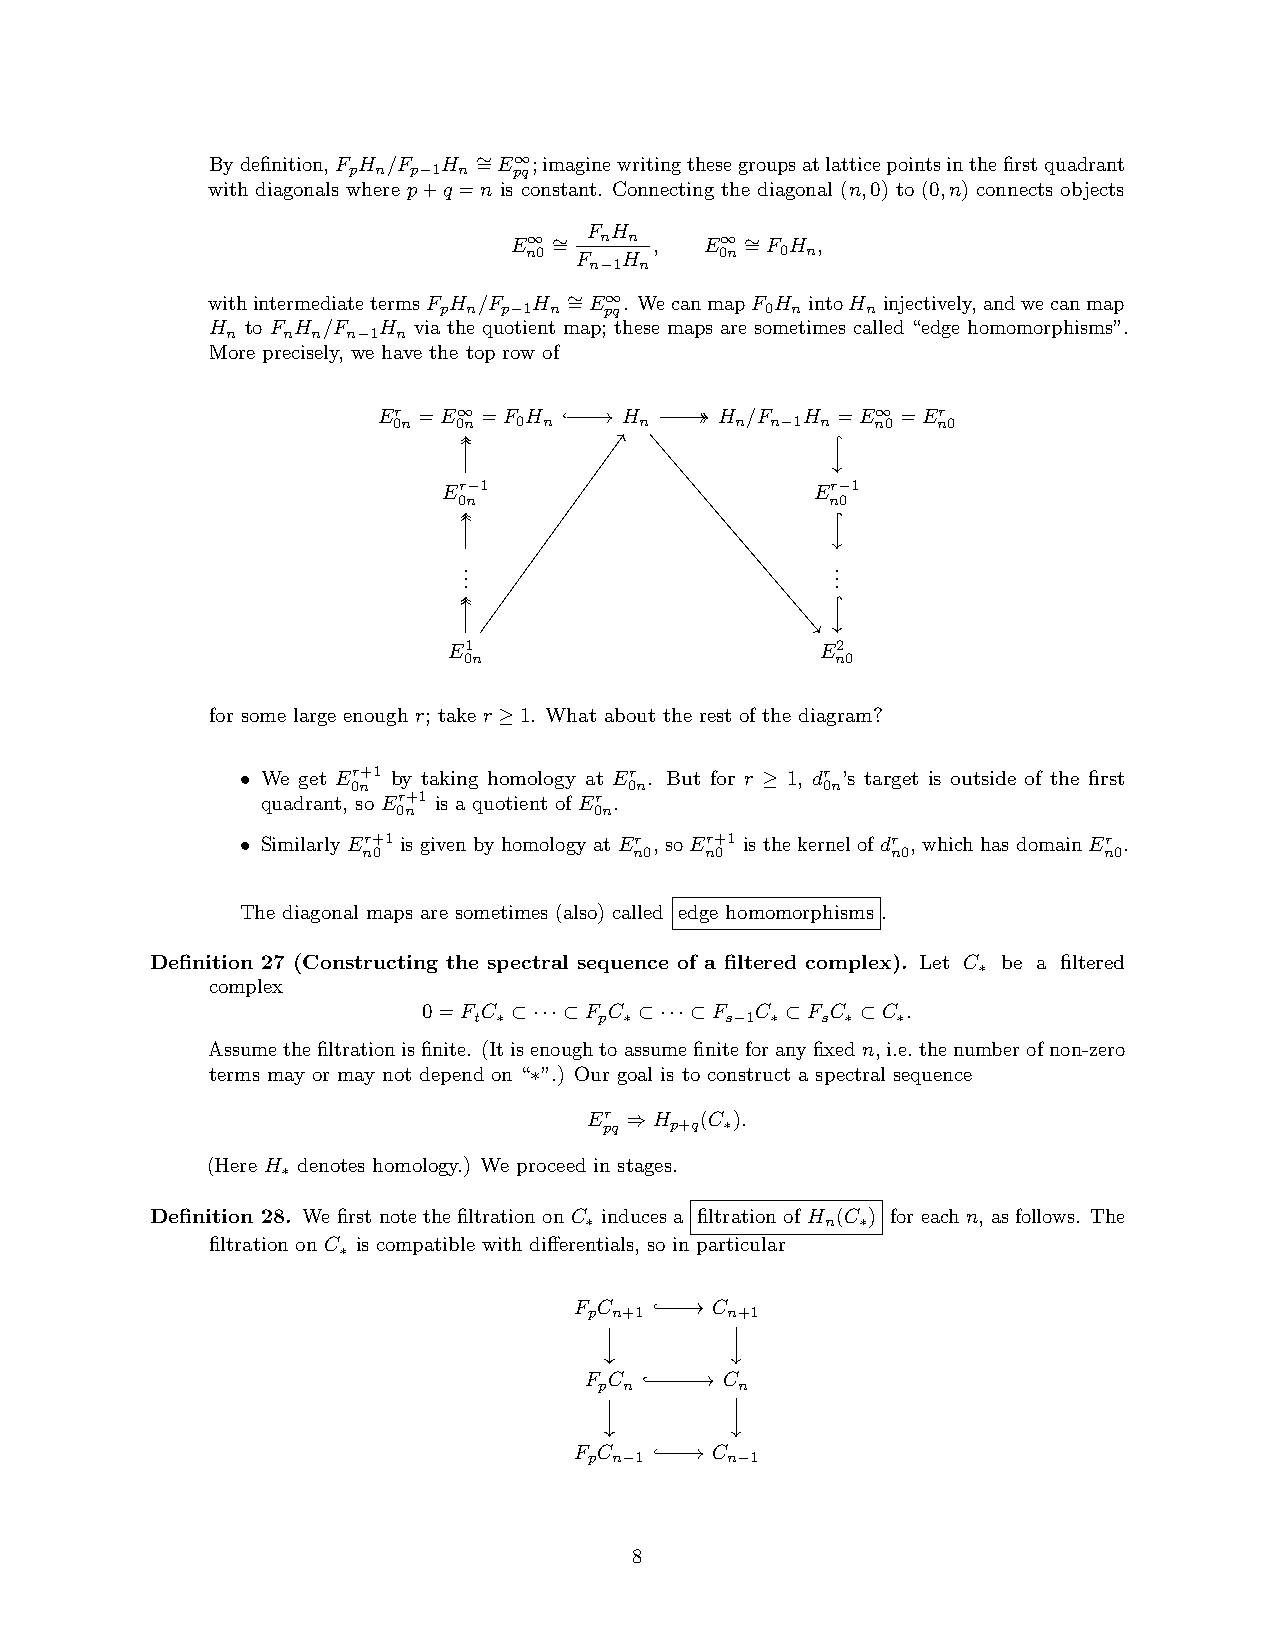
Bydefinition,F H /F H ∼ =E∞;imaginewritingthesegroupsatlatticepointsinthefirstquadrant
 p n p−1 n  pq
 with diagonals where p+q =n is constant. Connecting the diagonal (n,0) to (0,n) connects objects
 F H
 E∞ ∼ = n n , E∞ ∼ =F H ,
 n0 F  H      0n  0 n
 n−1 n
 withintermediatetermsF H /F H ∼ =E∞. WecanmapF H intoH injectively,andwecanmap
 p n p−1 n  pq         0 n   n
 H to F H /F H via the quotient map; these maps are sometimes called “edge homomorphisms”.
 n   n n n−1 n
 More precisely, we have the top row of
 Er =E∞ =F H     H      H /F H =E∞  =Er
 0n  0n  0 n     n      n n−1 n  n0  n0
 Er−1                     Er−1
 0n                       n0
 .                       .
 .                       .
 .                       .
 E1                      E2
 0n                      n0
 for some large enough r; take r ≥1. What about the rest of the diagram?
 • We get Er+1 by taking homology at Er . But for r ≥ 1, dr ’s target is outside of the first
 0n                 0n          0n
 quadrant, so Er+1 is a quotient of Er .
 0n           0n
 • Similarly Er+1 is given by homology at Er , so Er+1 is the kernel of dr , which has domain Er .
 n0                n0   n0          n0            n0
 The diagonal maps are sometimes (also) called edge homomorphisms .
 Definition 27 (Constructing the spectral sequence of a filtered complex). Let C be a filtered
 ∗
 complex
 0=F C ⊂···⊂F C ⊂···⊂F C ⊂F C ⊂C .
 t ∗      p ∗     s−1 ∗ s ∗  ∗
 Assumethefiltrationisfinite. (Itisenoughtoassumefiniteforanyfixedn, i.e.thenumberofnon-zero
 terms may or may not depend on “∗”.) Our goal is to construct a spectral sequence
 Er ⇒H  (C ).
 pq  p+q ∗
 (Here H denotes homology.) We proceed in stages.
 ∗
 Definition 28. We first note the filtration on C induces a filtration of H (C ) for each n, as follows. The
 ∗               n ∗
 filtration on C is compatible with differentials, so in particular
 ∗
 F C      C
 p n+1    n+1
 F C      C
 p n      n
 F C      C
 p n−1    n−1
 8